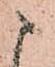
ま